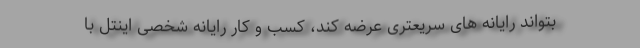
بتواند رایانه های سریعتری عرضه کند، کسب و کار رایانه شخصی اینتل با